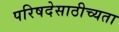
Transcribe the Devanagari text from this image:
परिषदेसाठीच्यता